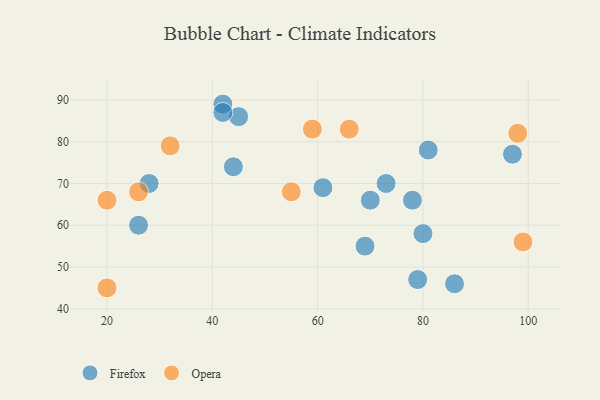
{"axis": {"x": "GDP", "y": "Life Expectancy"}, "legend": ["Firefox", "Opera"], "data": [{"x": "69", "y": 55, "type": "Firefox"}, {"x": "79", "y": 47, "type": "Firefox"}, {"x": "70", "y": 66, "type": "Firefox"}, {"x": "44", "y": 74, "type": "Firefox"}, {"x": "42", "y": 89, "type": "Firefox"}, {"x": "81", "y": 78, "type": "Firefox"}, {"x": "97", "y": 77, "type": "Firefox"}, {"x": "61", "y": 69, "type": "Firefox"}, {"x": "80", "y": 58, "type": "Firefox"}, {"x": "26", "y": 60, "type": "Firefox"}, {"x": "45", "y": 86, "type": "Firefox"}, {"x": "42", "y": 87, "type": "Firefox"}, {"x": "86", "y": 46, "type": "Firefox"}, {"x": "28", "y": 70, "type": "Firefox"}, {"x": "73", "y": 70, "type": "Firefox"}, {"x": "78", "y": 66, "type": "Firefox"}, {"x": "55", "y": 68, "type": "Opera"}, {"x": "59", "y": 83, "type": "Opera"}, {"x": "26", "y": 68, "type": "Opera"}, {"x": "20", "y": 45, "type": "Opera"}, {"x": "66", "y": 83, "type": "Opera"}, {"x": "32", "y": 79, "type": "Opera"}, {"x": "98", "y": 82, "type": "Opera"}, {"x": "20", "y": 66, "type": "Opera"}, {"x": "99", "y": 56, "type": "Opera"}]}